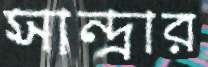
সান্দ্রার